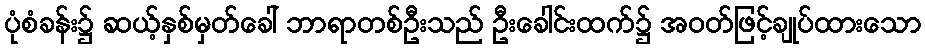
ပုံစံခန်း၌ ဆယ့်နှစ်မှတ်ခေါ် ဘာရာတစ်ဦးသည် ဦးခေါင်းထက်၌ အဝတ်ဖြင့်ချုပ်ထားသော